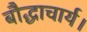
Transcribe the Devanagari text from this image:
बौद्धाचार्य।